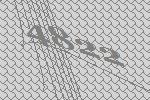
4822